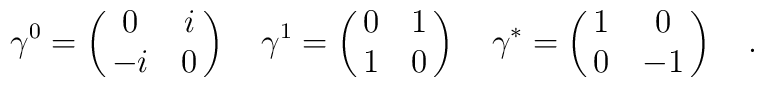
\gamma^0 = \pmatrix{0&i\cr -i&0}\quad\gamma^1 = \pmatrix{0&1\cr 1&0}\quad\gamma^* = \pmatrix{1&0\cr 0&-1}\quad.